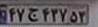
۴۷ج۴۳۷۵۳